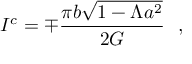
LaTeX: I ^ { c } = \mp { \frac { \pi b \sqrt { 1 - \Lambda a ^ { 2 } } } { 2 G } } \ \ ,